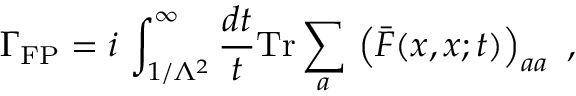
\Gamma _ { \mathrm { F P } } = i \, \int _ { 1 / \Lambda ^ { 2 } } ^ { \infty } \frac { d t } { t } \mathrm { T r } \sum _ { a } \, \left( \bar { F } ( x , x ; t ) \right) _ { a a } \ ,